65_HS1-834228961_62-HQ-83894_Section_1
Agency: FBI
Page 57
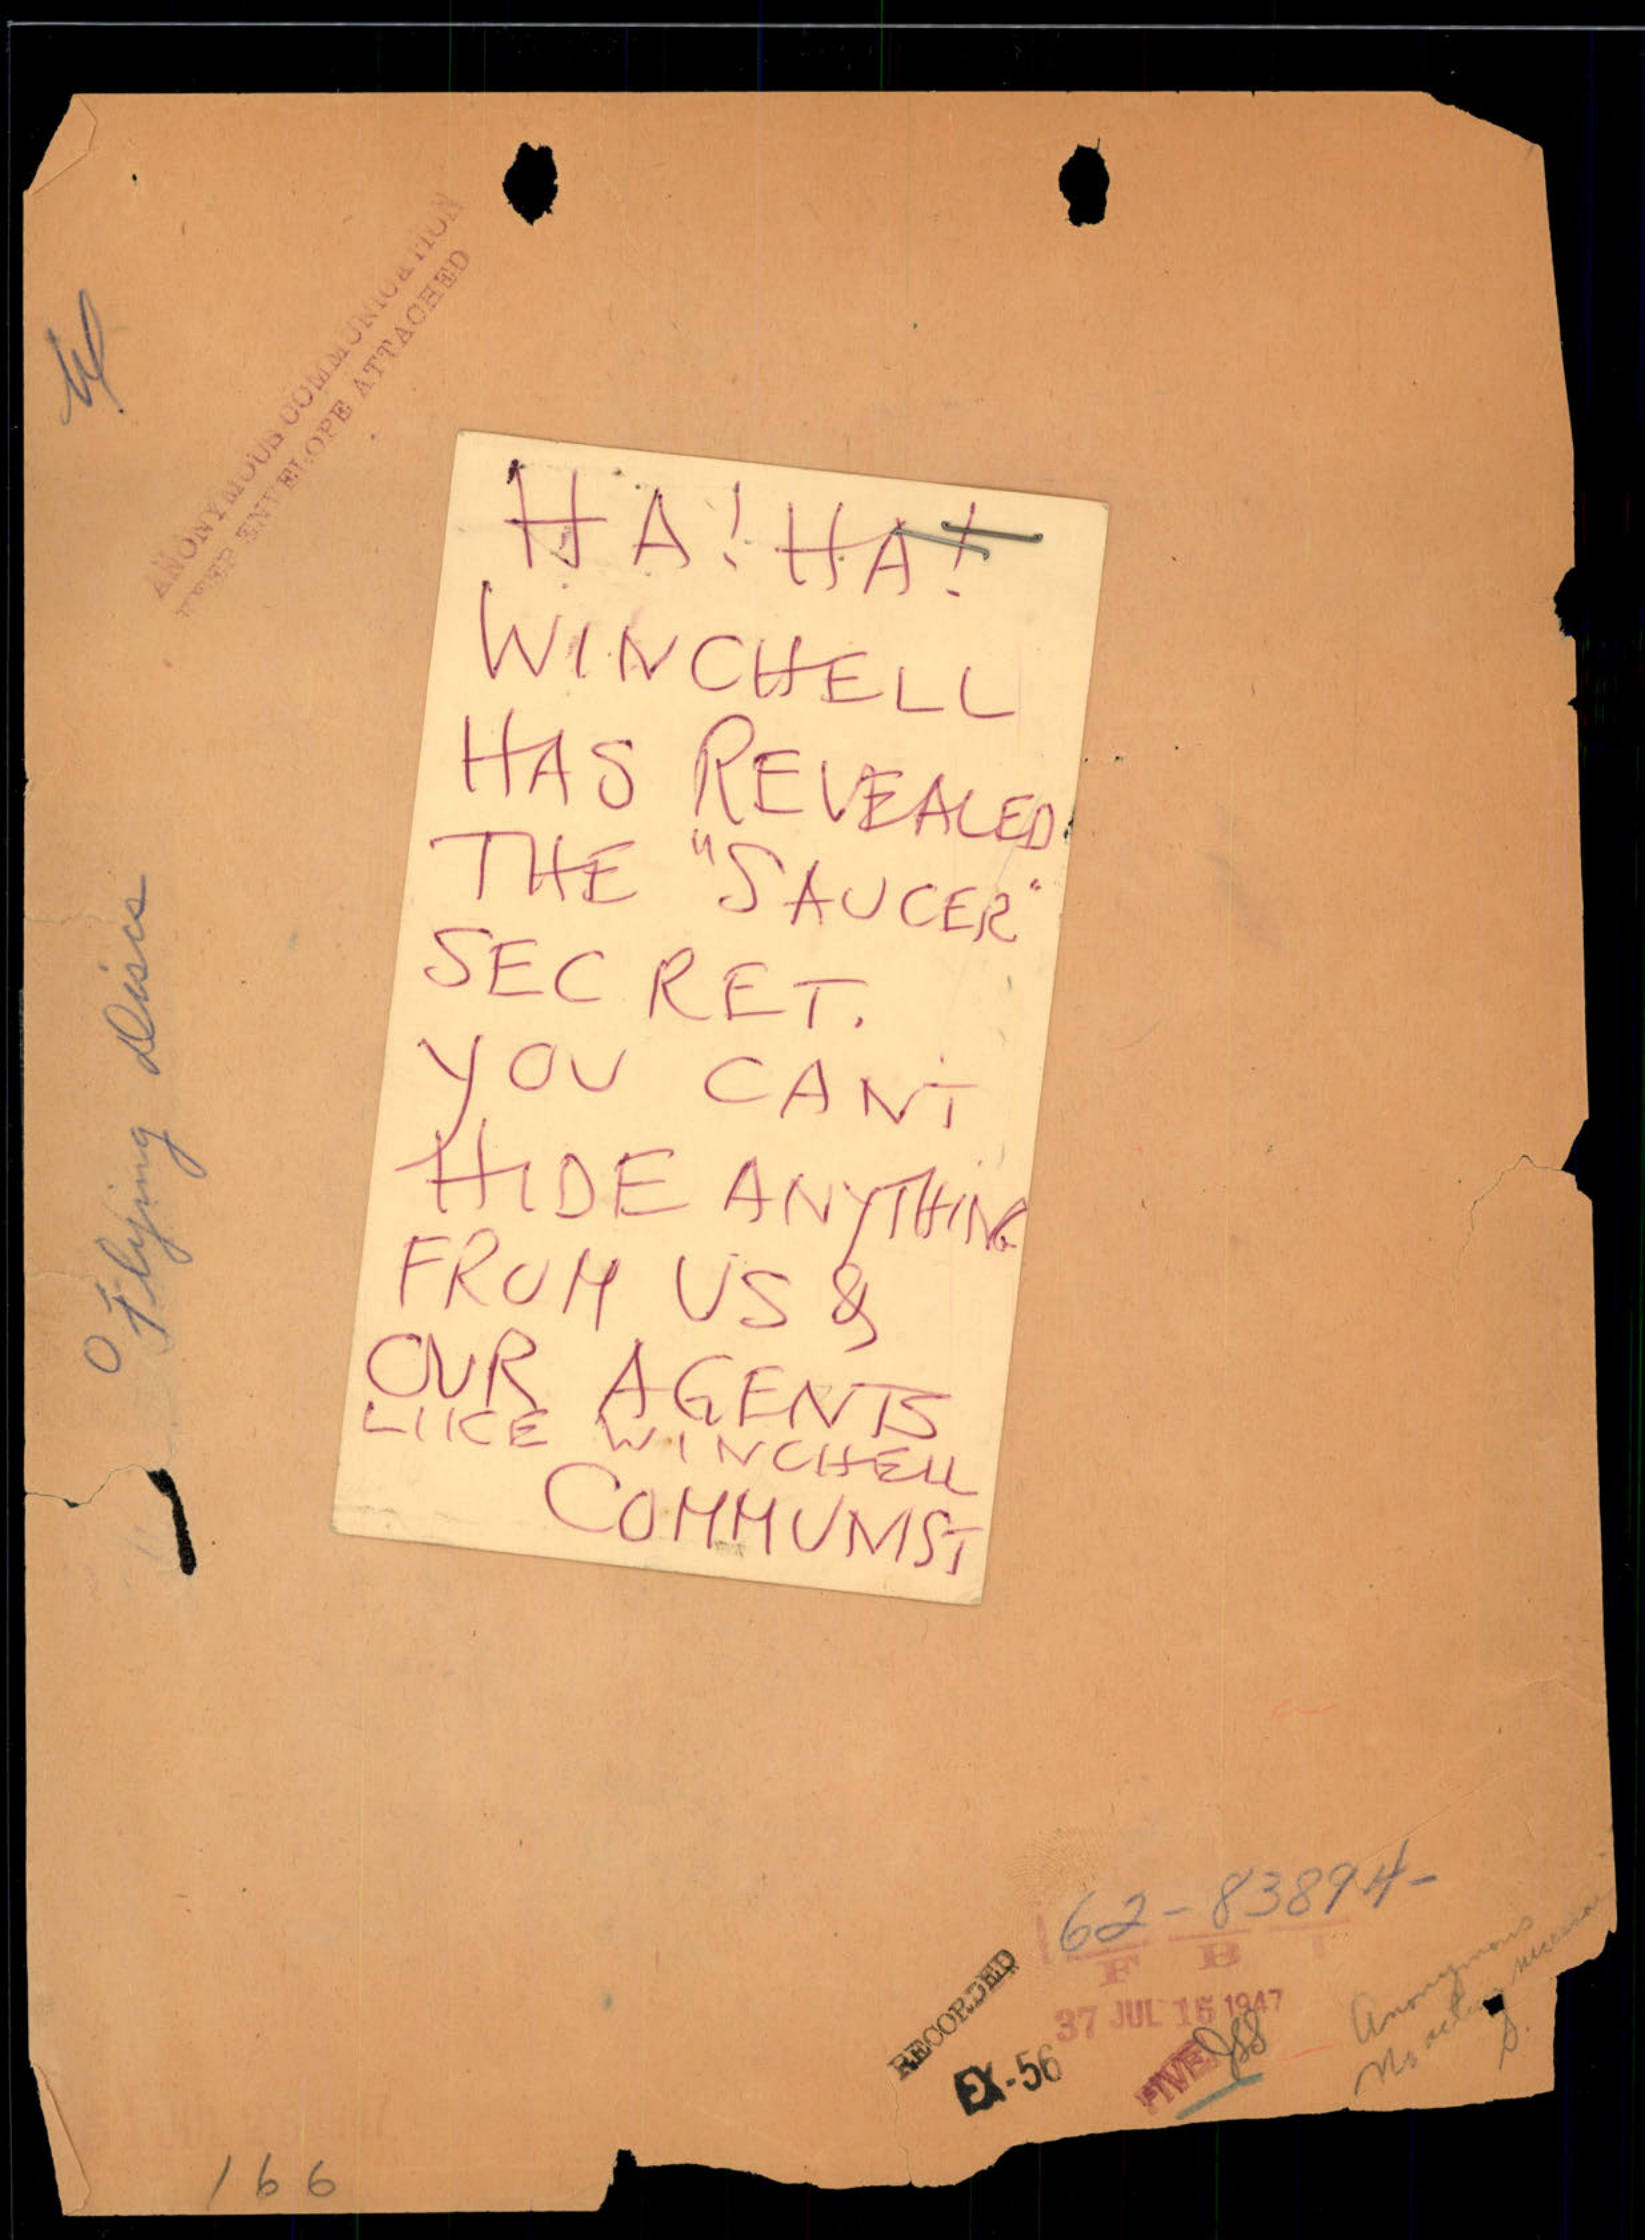